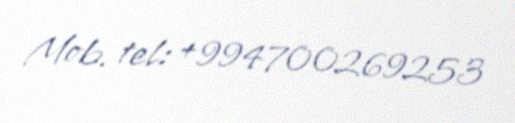
Mob. tel: +994700269253